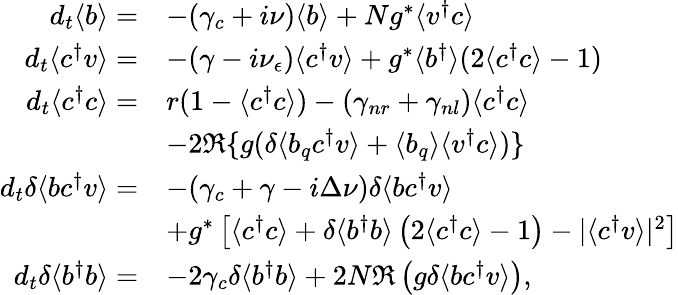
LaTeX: \begin{array}{rl}{d_{t}\langle b\rangle=}&{-(\gamma_{c}+i\nu)\langle b\rangle+Ng^{*}\langle v^{\dagger}c\rangle}\\ {d_{t}\langle c^{\dagger}v\rangle=}&{-(\gamma-i\nu_{\epsilon})\langle c^{\dagger}v\rangle+g^{*}\langle b^{\dagger}\rangle(2\langle c^{\dagger}c\rangle-1)}\\ {d_{t}\langle c^{\dagger}c\rangle=}&{r(1-\langle c^{\dagger}c\rangle)-(\gamma_{nr}+\gamma_{nl})\langle c^{\dagger}c\rangle}\\ &{-2\Re\{ g(\delta\langle b_{q}c^{\dagger}v\rangle+\langle b_{q}\rangle\langle v^{\dagger}c\rangle)\} }\\ {d_{t}\delta\langle bc^{\dagger}v\rangle=}&{-(\gamma_{c}+\gamma-i\Delta\nu)\delta\langle bc^{\dagger}v\rangle}\\ &{+g^{*}\left[\langle c^{\dagger}c\rangle+\delta\langle b^{\dagger}b\rangle\left(2\langle c^{\dagger}c\rangle-1\right)-\vert\langle c^{\dagger}v\rangle\vert^{2}\right]}\\ {d_{t}\delta\langle b^{\dagger}b\rangle=}&{-2\gamma_{c}\delta\langle b^{\dagger}b\rangle+2N\Re\left(g\delta\langle bc^{\dagger}v\rangle\right),}\end{array}